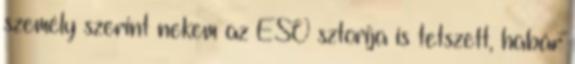
személy szerint nekem az ESO sztorija is tetszett, habár